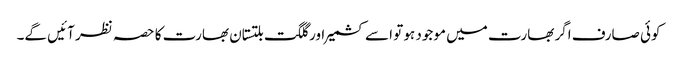
کوئی صارف اگر بھارت میں موجود ہو تو اسے کشمیر اور گلگت بلتستان بھارت کا حصہ نظر آئیں گے۔